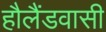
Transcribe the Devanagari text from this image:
हौलैंडवासी